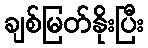
ချစ်မြတ်နိုးပြီး